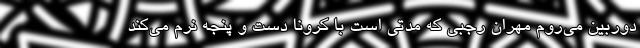
دوربین می‌روم مهران رجبی که مدتی است با کرونا دست و پنجه نرم می‌کند